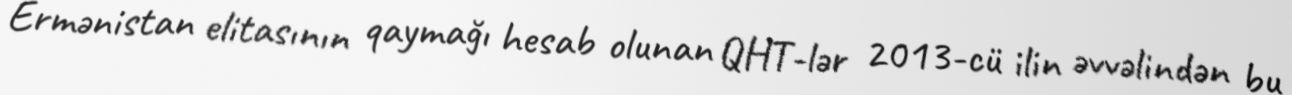
Ermənistan elitasının qaymağı hesab olunan QHT-lər 2013-cü ilin əvvəlindən bu